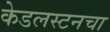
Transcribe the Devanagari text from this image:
केडलस्टनचा